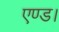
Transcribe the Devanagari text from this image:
एण्ड।